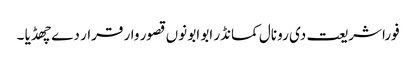
فورا شریعت دی رو نال کمانڈر ابو ابو نوں قصور وار قرار دے چھڈیا ۔